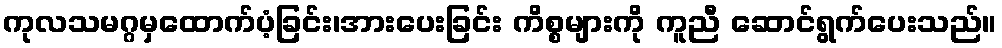
ကုလသမဂ္ဂမှထောက်ပံ့ခြင်း၊အားပေးခြင်း ကိစ္စများကို ကူညီ ဆောင်ရွက်ပေးသည်။